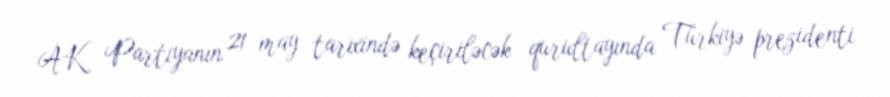
AK Partiyanın 21 may tarixində keçiriləcək qurultayında Türkiyə prezidenti